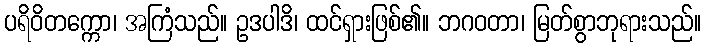
ပရိဝိတက္ကော၊ အကြံသည်။ ဥဒပါဒိ၊ ထင်ရှားဖြစ်၏။ ဘဂဝတာ၊ မြတ်စွာဘုရားသည်။